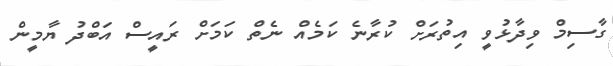
ގާސިމް ވިދާޅުވީ އިތުރަށް ކުރާނެ ކަމެއް ނެތް ކަމަށް ރައީސް އަބްދު ޔާމީން